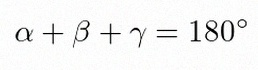
\alpha+\beta+\gamma=180^\circ